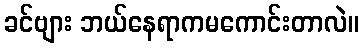
ခင်ဗျား ဘယ်နေရာကမကောင်းတာလဲ။